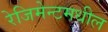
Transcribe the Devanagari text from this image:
रेजिमेन्टमधील